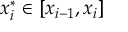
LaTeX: x _ { i } ^ { * } \in [ x _ { i - 1 } , x _ { i } ]